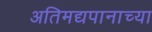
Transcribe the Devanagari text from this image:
अतिमद्यपानाच्या